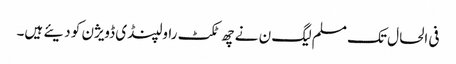
فی الحال تک مسلم لیگ ن نے چھ ٹکٹ راولپنڈی ڈویژن کو دیئے ہیں۔